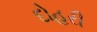
દોહરી